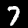
Digit: 7